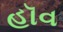
હૉવ